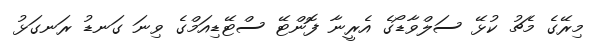
މިރޭގެ މެޗު ކުޅޭ ސަލްވާޑޯގެ އެރީނާ ފޮންޓޭ ސްޓޭޑިއަމްގެ ވިނަ ގަނޑު ރަނގަޅު